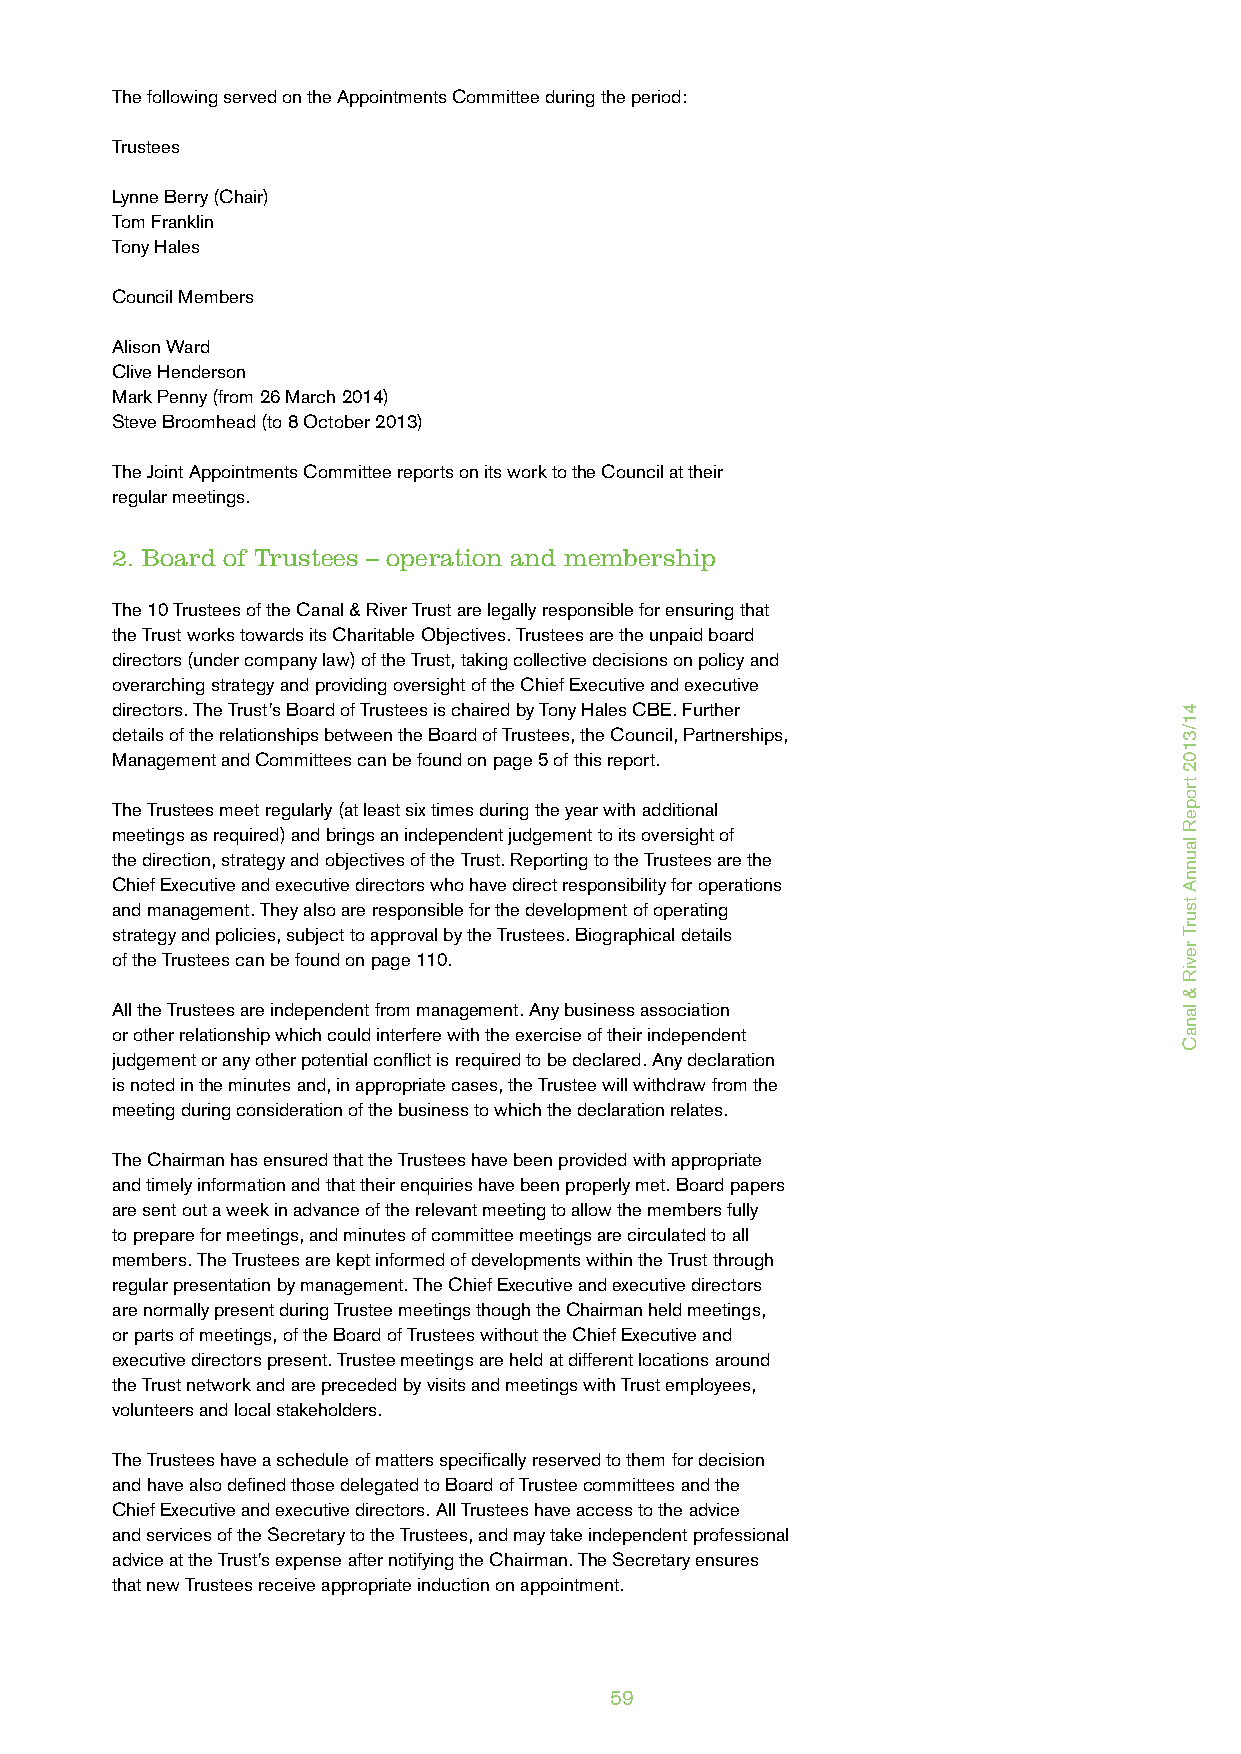
The following served on the Appointments Committee during the period:
 Trustees
 Lynne Berry (Chair)
 Tom Franklin
 Tony Hales
 Council Members
 Alison Ward
 Clive Henderson
 Mark Penny (from 26 March 2014)
 Steve Broomhead (to 8 October 2013)
 The Joint Appointments Committee reports on its work to the Council at their
 regular meetings.
 2. Board of Trustees – operation and membership
 The 10 Trustees of the Canal & River Trust are legally responsible for ensuring that
 the Trust works towards its Charitable Objectives. Trustees are the unpaid board
 directors (under company law) of the Trust, taking collective decisions on policy and
 overarching strategy and providing oversight of the Chief Executive and executive
 directors. The Trust’s Board of Trustees is chaired by Tony Hales CBE. Further
 details of the relationships between the Board of Trustees, the Council, Partnerships,
 Management and Committees can be found on page 5 of this report.
 The Trustees meet regularly (at least six times during the year with additional
 meetings as required) and brings an independent judgement to its oversight of
 the direction, strategy and objectives of the Trust. Reporting to the Trustees are the
 Chief Executive and executive directors who have direct responsibility for operations
 and management. They also are responsible for the development of operating
 strategy and policies, subject to approval by the Trustees. Biographical details
 of the Trustees can be found on page 110.
 All the Trustees are independent from management. Any business association
 or other relationship which could interfere with the exercise of their independent
 judgement or any other potential conflict is required to be declared. Any declaration
 is noted in the minutes and, in appropriate cases, the Trustee will withdraw from the
 meeting during consideration of the business to which the declaration relates.
 The Chairman has ensured that the Trustees have been provided with appropriate
 and timely information and that their enquiries have been properly met. Board papers
 are sent out a week in advance of the relevant meeting to allow the members fully
 to prepare for meetings, and minutes of committee meetings are circulated to all
 members. The Trustees are kept informed of developments within the Trust through
 regular presentation by management. The Chief Executive and executive directors
 are normally present during Trustee meetings though the Chairman held meetings,
 or parts of meetings, of the Board of Trustees without the Chief Executive and
 executive directors present. Trustee meetings are held at different locations around
 the Trust network and are preceded by visits and meetings with Trust employees,
 volunteers and local stakeholders.
 The Trustees have a schedule of matters specifically reserved to them for decision
 and have also defined those delegated to Board of Trustee committees and the
 Chief Executive and executive directors. All Trustees have access to the advice
 and services of the Secretary to the Trustees, and may take independent professional
 advice at the Trust’s expense after notifying the Chairman. The Secretary ensures
 that new Trustees receive appropriate induction on appointment.
 59
 41/3102
 tropeR
 launnA
 tsurT
 reviR
 &
 lanaC